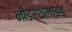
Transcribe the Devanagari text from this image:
नींडरथैलाइड